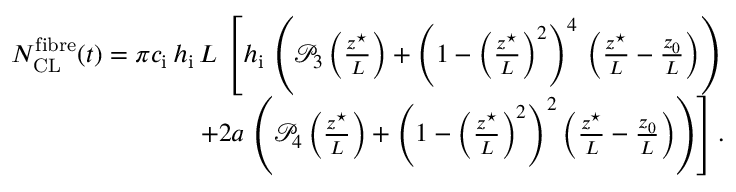
\begin{array} { r } { N _ { \mathrm { C L } } ^ { \mathrm { f i b r e } } ( t ) = \pi c _ { \mathrm { i } } \, h _ { \mathrm { i } } \, L \, \left[ h _ { \mathrm { i } } \, \left( \mathcal { P } _ { 3 } \left( \frac { z ^ { \star } } { L } \right) + \left( 1 - \left( \frac { z ^ { \star } } { L } \right) ^ { 2 } \right) ^ { 4 } \, \left( \frac { z ^ { \star } } { L } - \frac { z _ { 0 } } { L } \right) \right) \right. } \\ { \left. + 2 a \, \left( \mathcal { P } _ { 4 } \left( \frac { z ^ { \star } } { L } \right) + \left( 1 - \left( \frac { z ^ { \star } } { L } \right) ^ { 2 } \right) ^ { 2 } \left( \frac { z ^ { \star } } { L } - \frac { z _ { 0 } } { L } \right) \right) \right] . } \end{array}